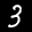
Label: 3